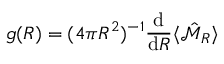
g ( R ) = { ( 4 \pi R ^ { 2 } } ) ^ { - 1 } \frac { \mathrm { d } } { \mathrm { d } R } \langle \hat { \mathscr { M } } _ { R } \rangle